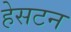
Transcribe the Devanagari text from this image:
हेसटन